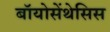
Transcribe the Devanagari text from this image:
बॉयोसेंथेसिस